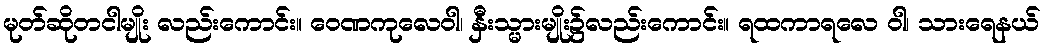
မုတ်ဆိုတငါမျိုး လည်းကောင်း။ ဝေဏကုလေဝါ၊ နှီးသ္မားမျိုး၌လည်းကောင်း။ ရထကာရလေ ဝါ၊ သားရေနယ်